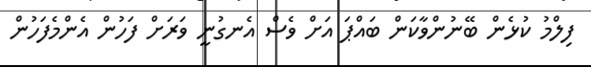
ފިލްމު ކުޅެން ބޭނުންވާކަން ބައްޕަ އަށް ވެސް އެނގުނީ ވަރަށް ފަހުން އެންމެފަހުން